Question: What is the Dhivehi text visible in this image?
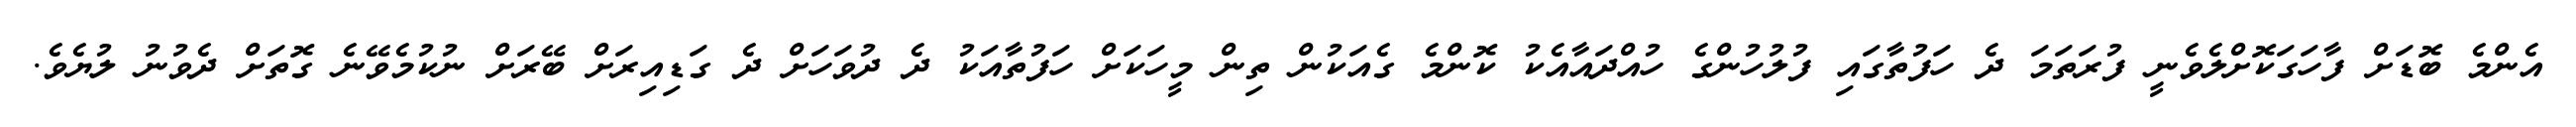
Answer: އެންމެ ބޮޑަށް ފާހަގަކޮށްލެވެނީ ފުރަތަމަ ދެ ހަފުތާގައި ފުލުހުންގެ ހުއްދައާއެކު ކޮންމެ ގެއަކުން ތިން މީހަކަށް ހަފުތާއަކު ދެ ދުވަހަށް ދެ ގަޑިއިރަށް ބޭރަށް ނުކުމެވޭނެ ގޮތަށް ދެވުނު ލުޔެވެ.